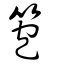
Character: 笣